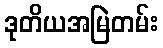
ဒုတိယအမြဲတမ်း